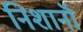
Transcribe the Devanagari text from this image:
निशानॊं